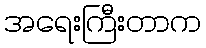
အရေးကြီးတာက